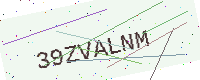
Text: 39ZVALNM